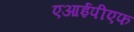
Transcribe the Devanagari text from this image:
एआईपीएफ